Report on the Civil Veterinary Department, Eastern Bengal and Assam - 1907-1911
Year: 1907
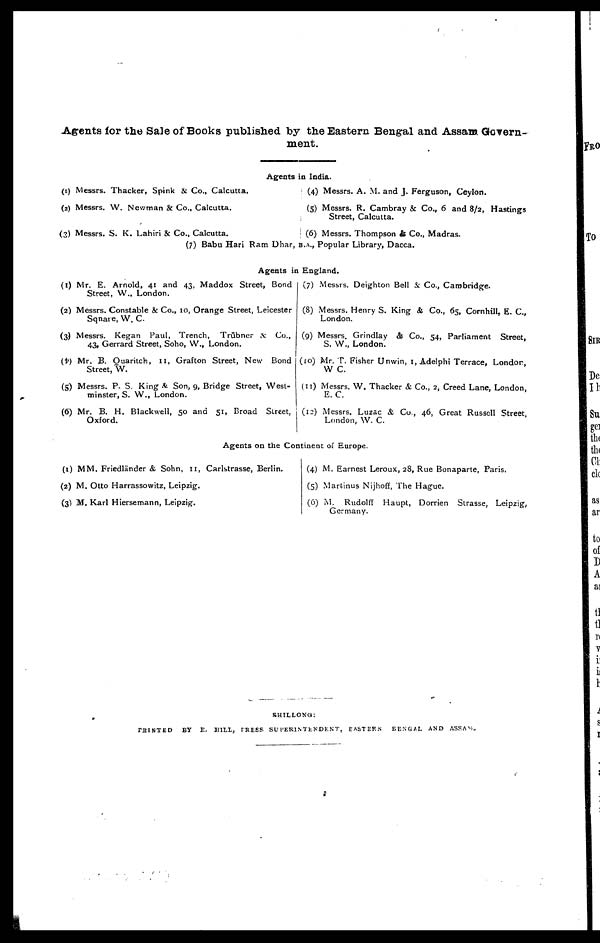
Agents for the Sale of Books published by the Eastern Bengal and Assam Govern-
ment.
Agents in India.
(1) Messrs. Thacker, Spink & Co., Calcutta.
(2) Messrs. W. Newman & Co., Calcutta.
(3) Messrs. S. K. Lahiri & Co., Calcutta.
(4) Messrs. A. M. and J. Ferguson, Ceylon.
(5) Messrs. R. Cambray & Co., 6 and 8/2, Hastings
Street, Calcutta.
(6) Messrs. Thompson & Co.. Madras.
(7) Babu Hari Ram Dhar, B.A., Popular Library, Dacca.
Agents in England.
(1) Mr. E. Arnold, 41 and 43, Maddox Street, Bond
Street, W., London.
(2) Messrs. Constable & Co., 10, Orange Street, Leicester
Sqnare, W. C.
(3) Messrs. Kegan Paul, Trench, Trübner & Co.,
43, Gerrard Street, Soho, W., London.
(4) Mr. B. Ouaritch, 11, Grafton Street, New Bond
Street, W.
(5) Messrs. P. S. King & Son, 9, Bridge Street, West-
minster, S. W., London.
(6) Mr. B. H. Blackwell, 50 and 51, Broad Street,
Oxford.
(7) Messrs. Deighton Bell 3c Co., Cambridge.
(8) Messrs. Henry S. King & Co., 65, Cornhill E. C,
London.
(9) Messrs. Grindlay & Co., 54, Parliament Street,
S. W., London.
(10) Mr. T. Fisher Unwin, 1, Adelphi Terrace, London,
W C.
(11) Messrs. W. Thacker & Co., 2, Creed Lane, London,
E. C.
(12) Messrs. Luzac & Co., 46, Great Russell Street,
London, W. C.
Agents on the Continent of Europe.
(1) MM. Friedländer & Sohn, 11, Carlstrasse, Berlin.
(2) M. Otto Harrassowitz, Leipzig.
(3) M. Karl Hiersemann, Leipzig.
(4) M. Earnest Leroux, 28, Rue Bonaparte, Paris.
(5) Martinus Nijhoff, The Hague.
(6) M. Rudolff Haupt, Dorrien Strasse, Leipzig,
Germany.
SHILLONG:
PRINTED
BY
E. HILL, PRESS SUPERINTENDENT, EASTERN
BENGAL AND ASSAM.